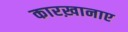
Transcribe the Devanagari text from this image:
कारख़ानाए